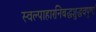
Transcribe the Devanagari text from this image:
स्वल्पाहारनिबद्धशुद्धवपुषां